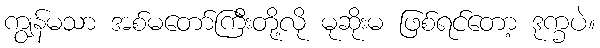
ကျွန်မသာ အစ်မတော်ကြီးတို့လို မုဆိုးမ ဖြစ်ရင်တော့ ဒုက္ခပဲ။